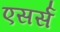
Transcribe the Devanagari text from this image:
एसर्स